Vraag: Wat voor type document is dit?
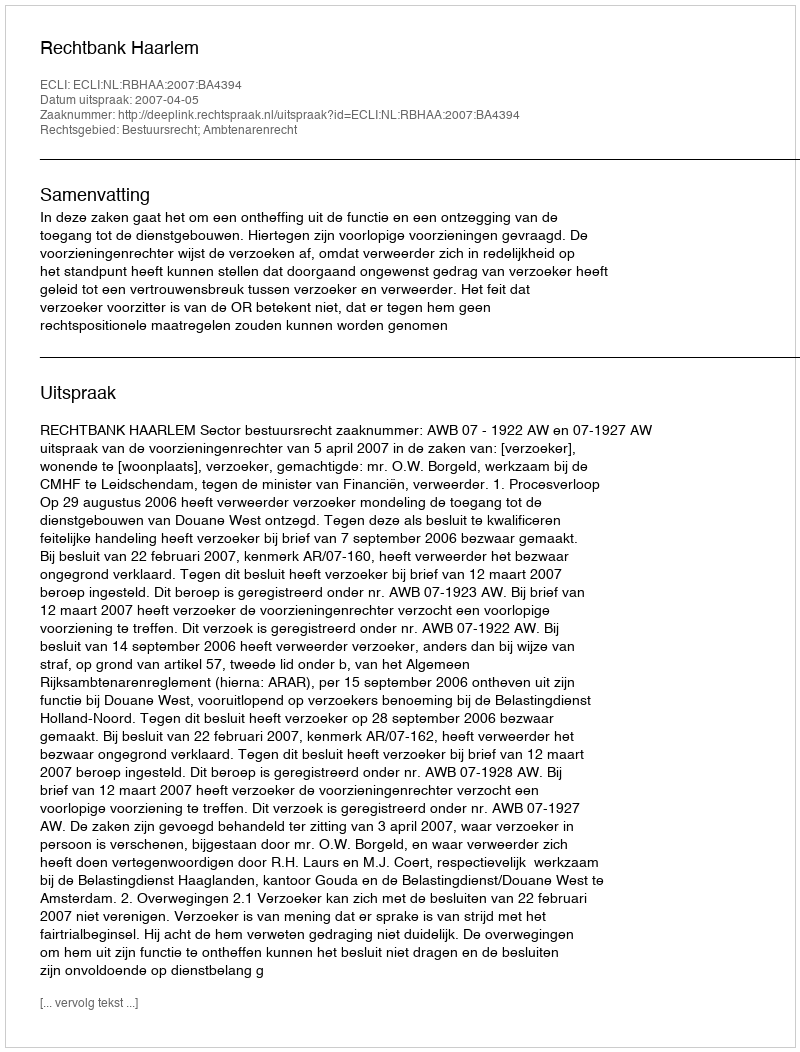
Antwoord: Uitspraak